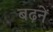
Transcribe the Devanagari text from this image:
बढ़नें